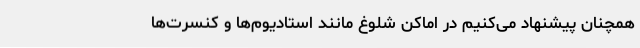
همچنان پیشنهاد می‌کنیم در اماکن شلوغ مانند استادیوم‌ها و کنسرت‌ها